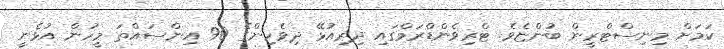
ކަމަށް މިނިސްޓްރީން ބުންޏެވެ. ޓްރިވެންޑްރަމްގައި ދިރިއުޅޭ ދިވެހިންގެ 90 އިންސައްތަ މީހުން އުޅެނީ